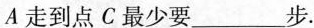
A走到点C最少要___步。